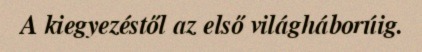
A kiegyezéstől az első világháborúig.